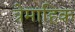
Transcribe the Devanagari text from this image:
त्रेमाहिक